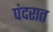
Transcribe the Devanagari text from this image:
पंदरात